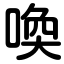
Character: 喚